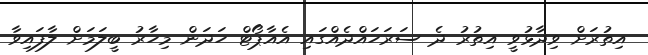
އިތުރަށް ވިދާޅުވީ އިތުރު ދެ ސަރަހައްދެއްގައި އެއާޕޯޓް ހަދަން މިހާރު ބީލަމަށް ލާފައިވާ